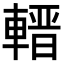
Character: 𨍬